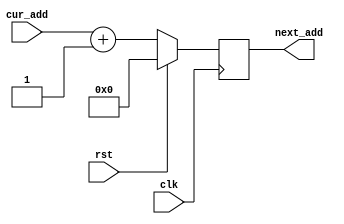
`timescale 1ns / 1ps
//////////////////////////////////////////////////////////////////////////////////
// Company: 
// Engineer: 
// 
// Design Name: 
// Module Name: Program_counter
// Project Name: 
// Target Devices: 
// Tool Versions: 
// Description: 
// 
// Dependencies: 
// 
// Revision:
// Revision 0.01 - File Created
// Additional Comments:
// 
//////////////////////////////////////////////////////////////////////////////////


module Program_counter(
   input rst, // input port for reset to allow counter to roll back to starting address
   input clk, // input port for clock to allow counter to increment
   input [7:0] cur_add, // input port  for current instruction address
   output reg [7:0] next_add // output port for next instruction address
   );
   always @(posedge clk) begin
      if (rst != 0) // if reset is 1, cur_add is incremented
         next_add <= 0;
      else
         next_add <= cur_add + 1;
    end    
endmodule